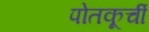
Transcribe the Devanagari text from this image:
पोतकूर्ची